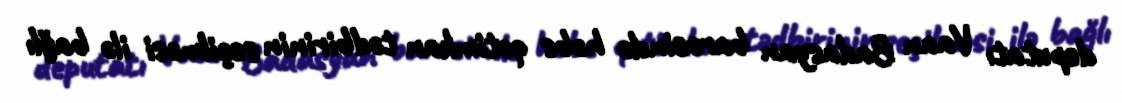
deputatı Vaan Badasyan barəsində həbs qətimkan tədbirinin seçilməsi ilə bağlı